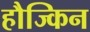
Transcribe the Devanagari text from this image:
हौज्किन